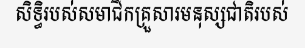
សិទ្ធិរបស់សមាជិកគ្រួសារមនុស្សជាតិរបស់